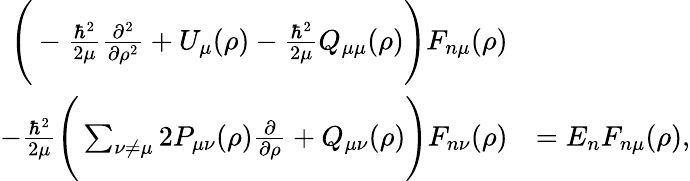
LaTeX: \begin{array}{rl}{\Bigg(-\frac{\hbar^{2}}{2\mu}\frac{\partial^{2}}{\partial\rho^{2}}+U_{\mu}(\rho)-\frac{\hbar^{2}}{2\mu}Q_{\mu\mu}(\rho)\Bigg)F_{n\mu}(\rho)}&{}\\ {-\frac{\hbar^{2}}{2\mu}\Bigg(\sum_{\nu\neq\mu}2P_{\mu\nu}(\rho)\frac{\partial}{\partial\rho}+Q_{\mu\nu}(\rho)\Bigg)F_{n\nu}(\rho)}&{=E_{n}F_{n\mu}(\rho),}\end{array}